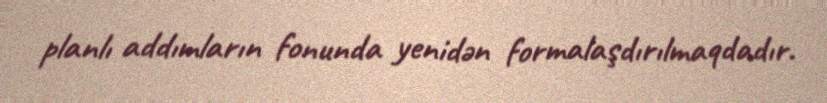
planlı addımların fonunda yenidən formalaşdırılmaqdadır.